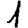
Digit: 1